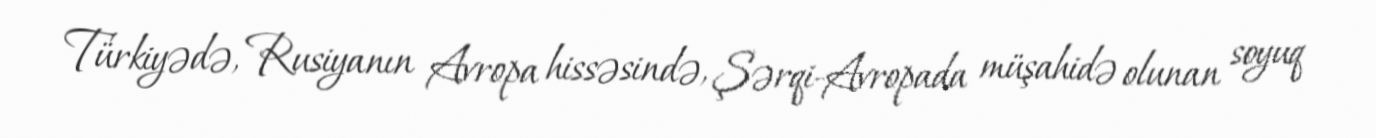
Türkiyədə, Rusiyanın Avropa hissəsində, Şərqi-Avropada müşahidə olunan soyuq